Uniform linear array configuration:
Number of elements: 32
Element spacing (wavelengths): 0.5
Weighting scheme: binomial
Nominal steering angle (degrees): -45
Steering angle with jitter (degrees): -44.486
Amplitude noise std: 0.05
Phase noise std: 0.05

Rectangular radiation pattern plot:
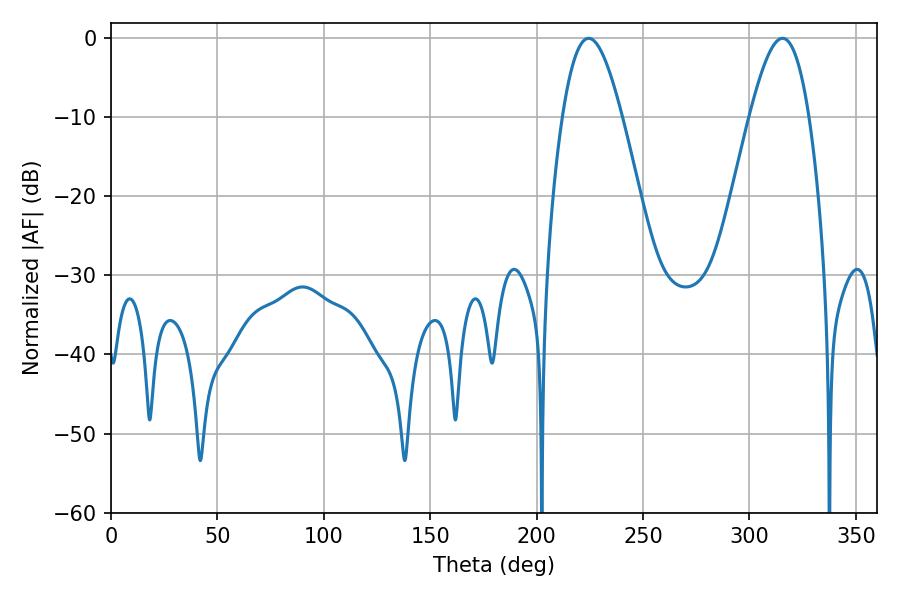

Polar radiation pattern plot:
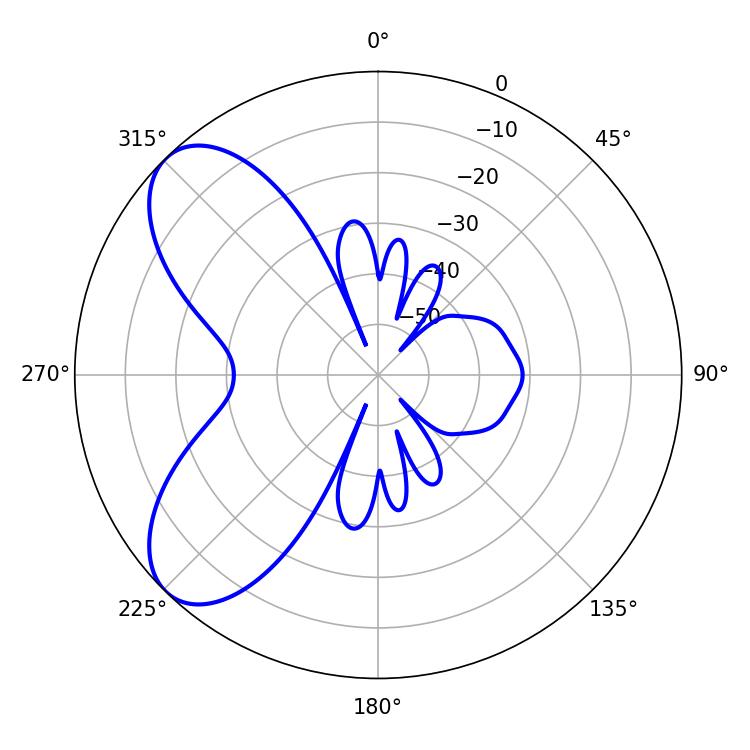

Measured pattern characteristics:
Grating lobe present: FALSE
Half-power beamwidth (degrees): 15.12
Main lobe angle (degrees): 224.46